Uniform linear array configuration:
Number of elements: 16
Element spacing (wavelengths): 1
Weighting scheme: exponential
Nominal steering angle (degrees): -15
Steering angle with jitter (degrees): -15.028
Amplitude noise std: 0.05
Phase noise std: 0.05

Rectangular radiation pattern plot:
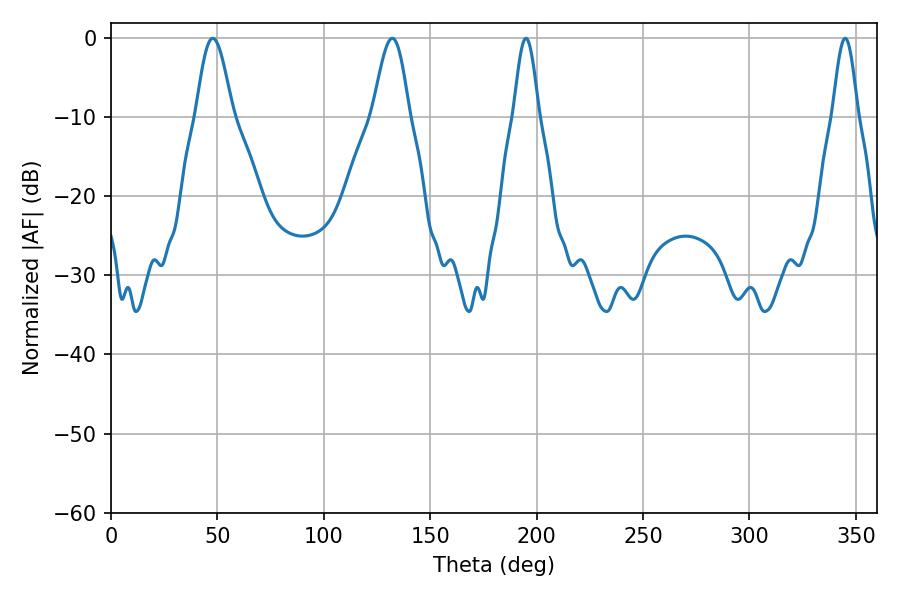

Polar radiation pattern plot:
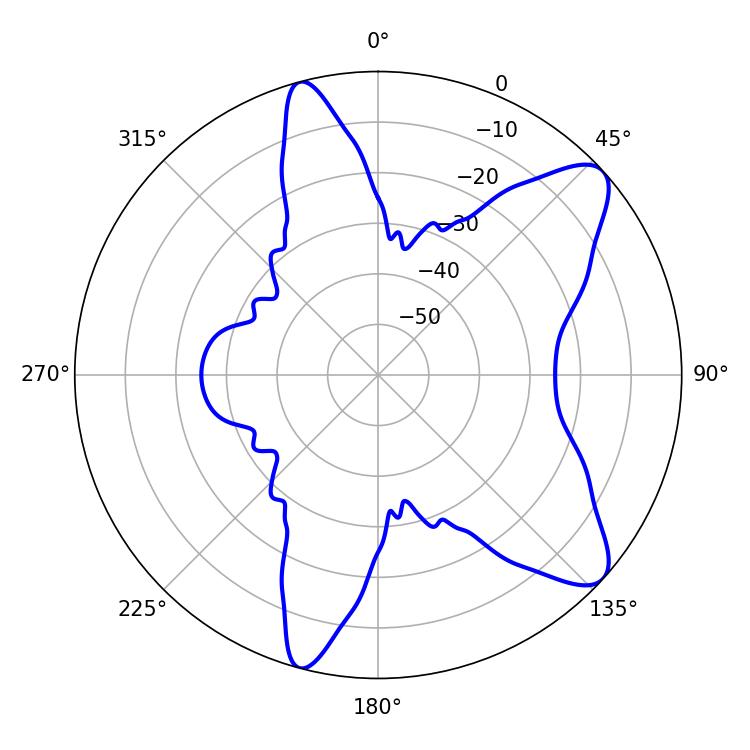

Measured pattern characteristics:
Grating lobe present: TRUE
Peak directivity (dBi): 9.62
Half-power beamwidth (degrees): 9
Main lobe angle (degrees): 47.88